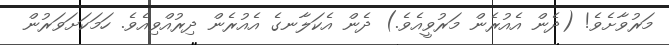
މަރުވާށެވެ! (ދެން އެއުރެން މަރުވީއެވެ.) ދެން އެކަލާނގެ އެއުރެން ދިރުއްވިއެވެ. ހަމަކަށަވަރުން